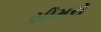
સીમરો